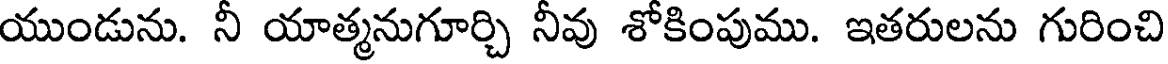
యుండును. నీ యాత్మనుగూర్చి నీవు శోకింపుము. ఇతరులను గురించి